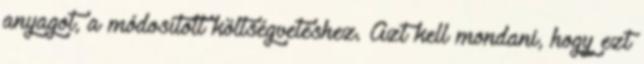
anyagot, a módosított költségvetéshez. Azt kell mondani, hogy ezt